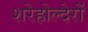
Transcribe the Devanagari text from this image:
शरेहोल्देरों